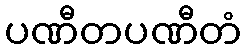
ပဏီတပဏီတံ